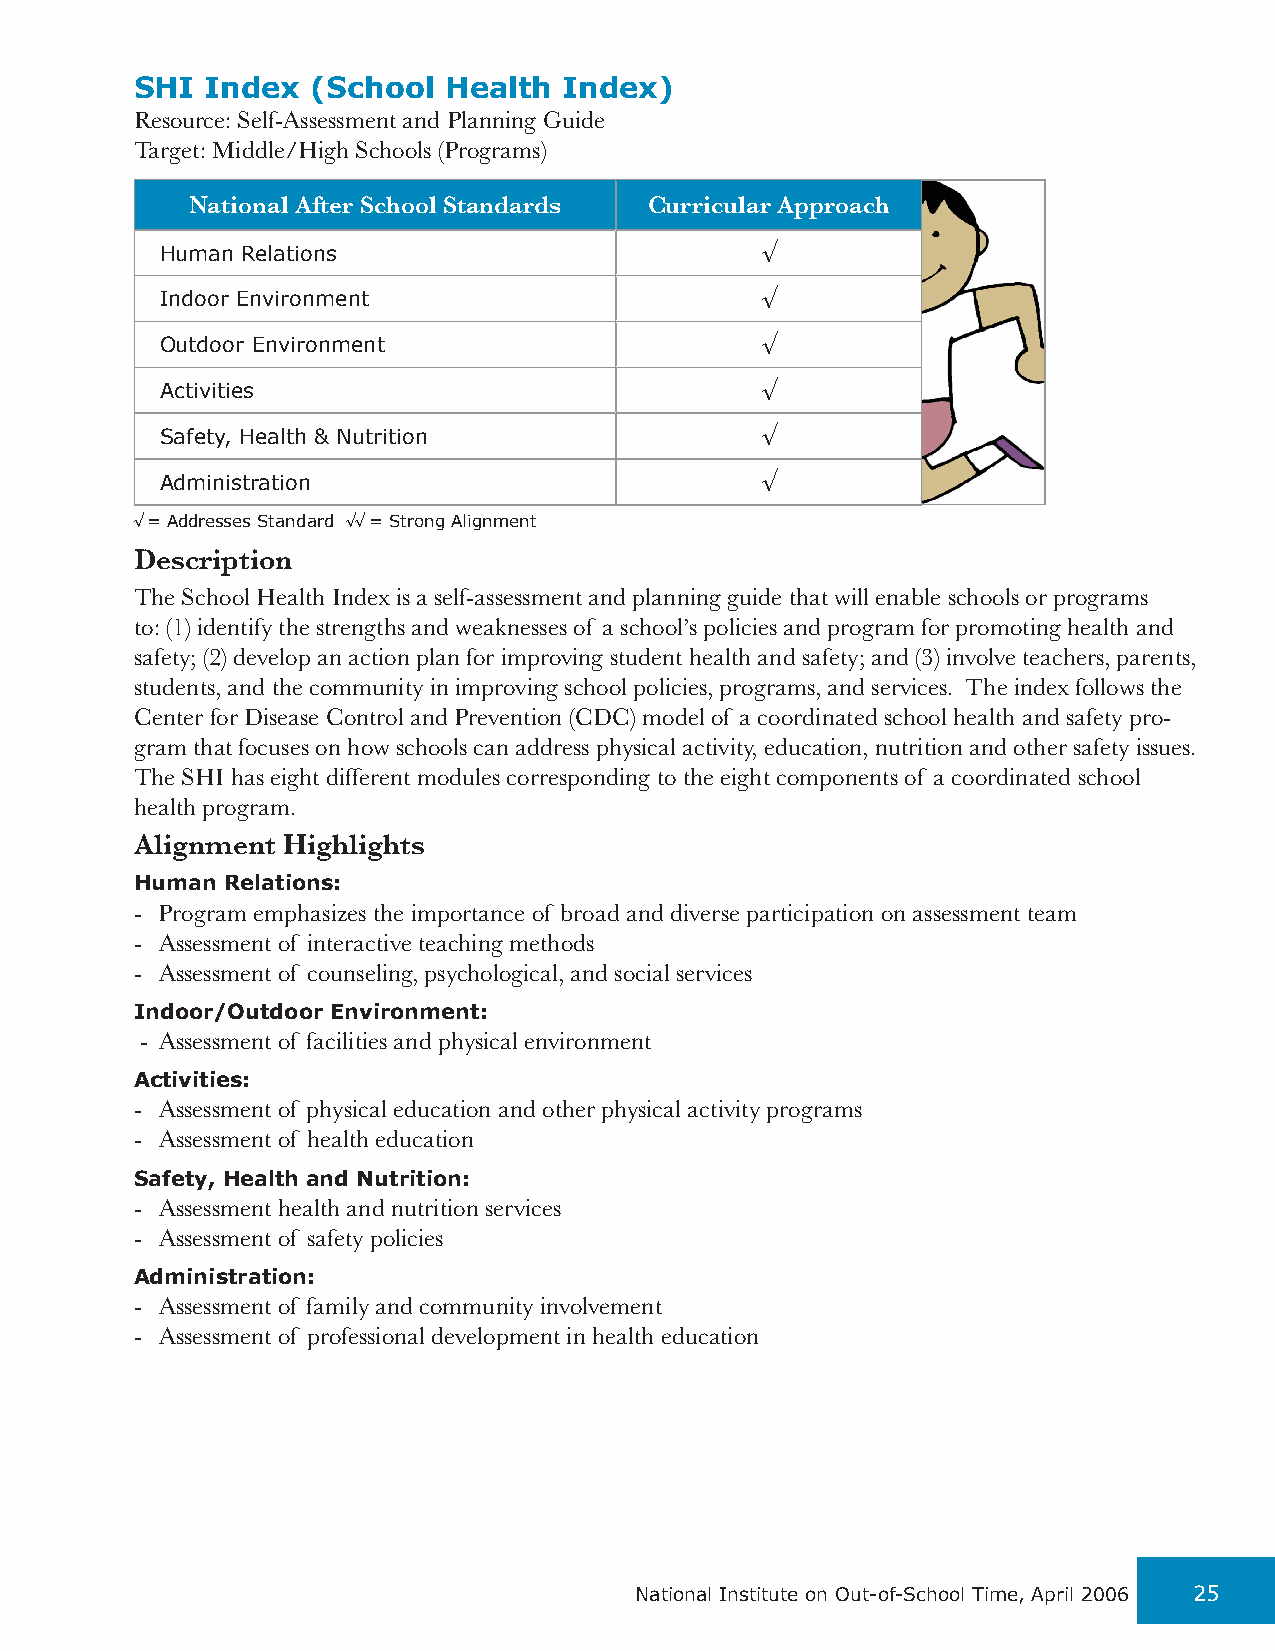
SHI  Index  (School Health  Index)
 Resource: Self-Assessment and Planning Guide
 Target: Middle/High Schools (Programs)
 National After School Standards Curricular Approach
 Human Relations                        √
 Indoor Environment                     √
 Outdoor Environment                    √
 Activities                             √
 Safety, Health & Nutrition             √
 Administration                         √
 √ = Addresses Standard √√ = Strong Alignment
 Description
 The School Health Index is a self-assessment and planning guide that will enable schools or programs
 to: (1) identify the strengths and weaknesses of a school’s policies and program for promoting health and
 safety; (2) develop an action plan for improving student health and safety; and (3) involve teachers, parents,
 students, and the community in improving school policies, programs, and services. The index follows the
 Center for Disease Control and Prevention (CDC) model of a coordinated school health and safety pro-
 gram that focuses on how schools can address physical activity, education, nutrition and other safety issues.
 The SHI has eight different modules corresponding to the eight components of a coordinated school
 health program.
 Alignment Highlights
 Human Relations:
 - Program emphasizes the importance of broad and diverse participation on assessment team
 - Assessment of interactive teaching methods
 - Assessment of counseling, psychological, and social services
 Indoor/Outdoor Environment:
 - Assessment of facilities and physical environment
 Activities:
 - Assessment of physical education and other physical activity programs
 - Assessment of health education
 Safety, Health and Nutrition:
 - Assessment health and nutrition services
 - Assessment of safety policies
 Administration:
 - Assessment of family and community involvement
 - Assessment of professional development in health education
 National Institute on Out-of-School Time, April 2006 25